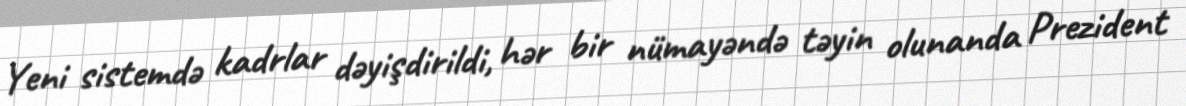
Yeni sistemdə kadrlar dəyişdirildi, hər bir nümayəndə təyin olunanda Prezident